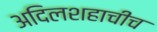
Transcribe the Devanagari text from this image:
अदिलशहाचीच